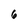
Character: 6